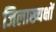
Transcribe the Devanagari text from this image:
जिलाख्यक्षों